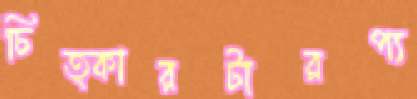
চিত্কারটারপ্য